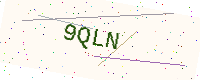
Text: 9QLN